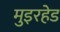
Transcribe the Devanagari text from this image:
मुइरहेड